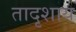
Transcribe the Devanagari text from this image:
तादृशाय